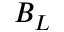
B _ { L }